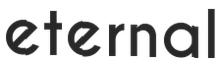
eternal